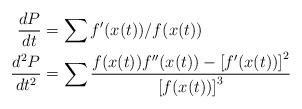
LaTeX: \begin{align*}\frac{dP}{dt} &= \sum f'(x(t)) / f(x(t))\\\frac{d^2P}{dt^2} &= \sum \frac{f(x(t)) f''(x(t)) - \left[f'(x(t))\right]^2}{\left[f(x(t))\right]^3}\end{align*}